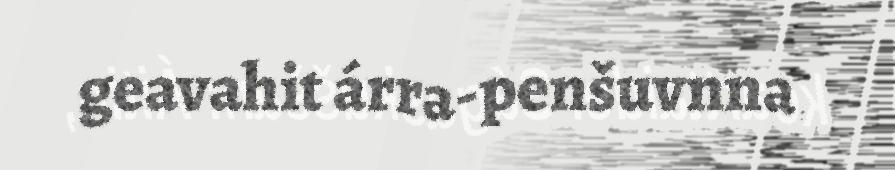
geavahit árra-penšuvnna